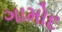
ગામોદ